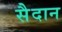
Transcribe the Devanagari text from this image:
सैदान